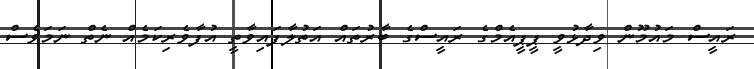
ރައީސް މައުމޫން ވިދާޅުވީ ޕީޕީއެމްގެ ރައީސްގެ ބާރުތައް އަތުލާފައިވާތީ އުފާވެރިކަމެއް ނެތް ނަމަވެސް